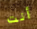
أنت